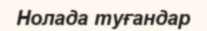
Нолада туғандар